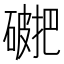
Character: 𥖖